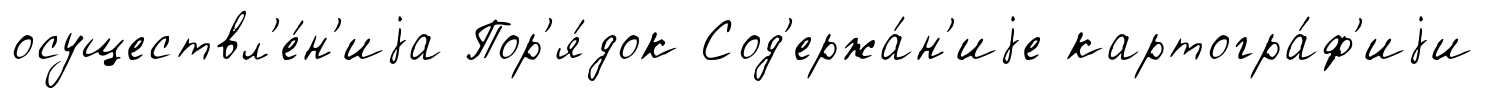
осуществл'е́н'иjа Пор'я́док Сод'ержа́н'иjе картогра́ф'иjи